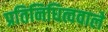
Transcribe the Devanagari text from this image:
प्रतिनिधित्ववाले